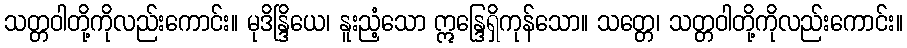
သတ္တဝါတို့ကိုလည်းကောင်း။ မုဒိန္ဒြိယေ၊ နူးညံ့သော ဣန္ဒြေရှိကုန်သော။ သတ္တေ၊ သတ္တဝါတို့ကိုလည်းကောင်း။